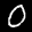
Label: 0